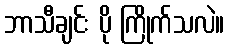
ဘာသီချင်း ပို ကြိုက်သလဲ။